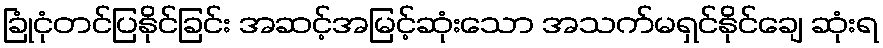
ခြုံငုံတင်ပြနိုင်ခြင်း အဆင့်အမြင့်ဆုံးသော အသက်မရှင်နိုင်ချေ ဆုံးရ